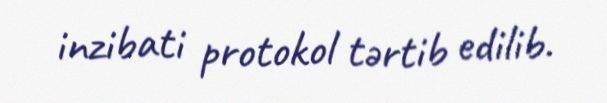
inzibati protokol tərtib edilib.